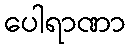
ပေါရာဏာ